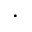
.